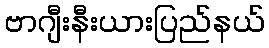
ဗာဂျီးနီးယားပြည်နယ်